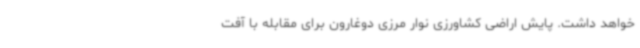
خواهد داشت. پایش اراضی کشاورزی نوار مرزی دوغارون برای مقابله با آفت